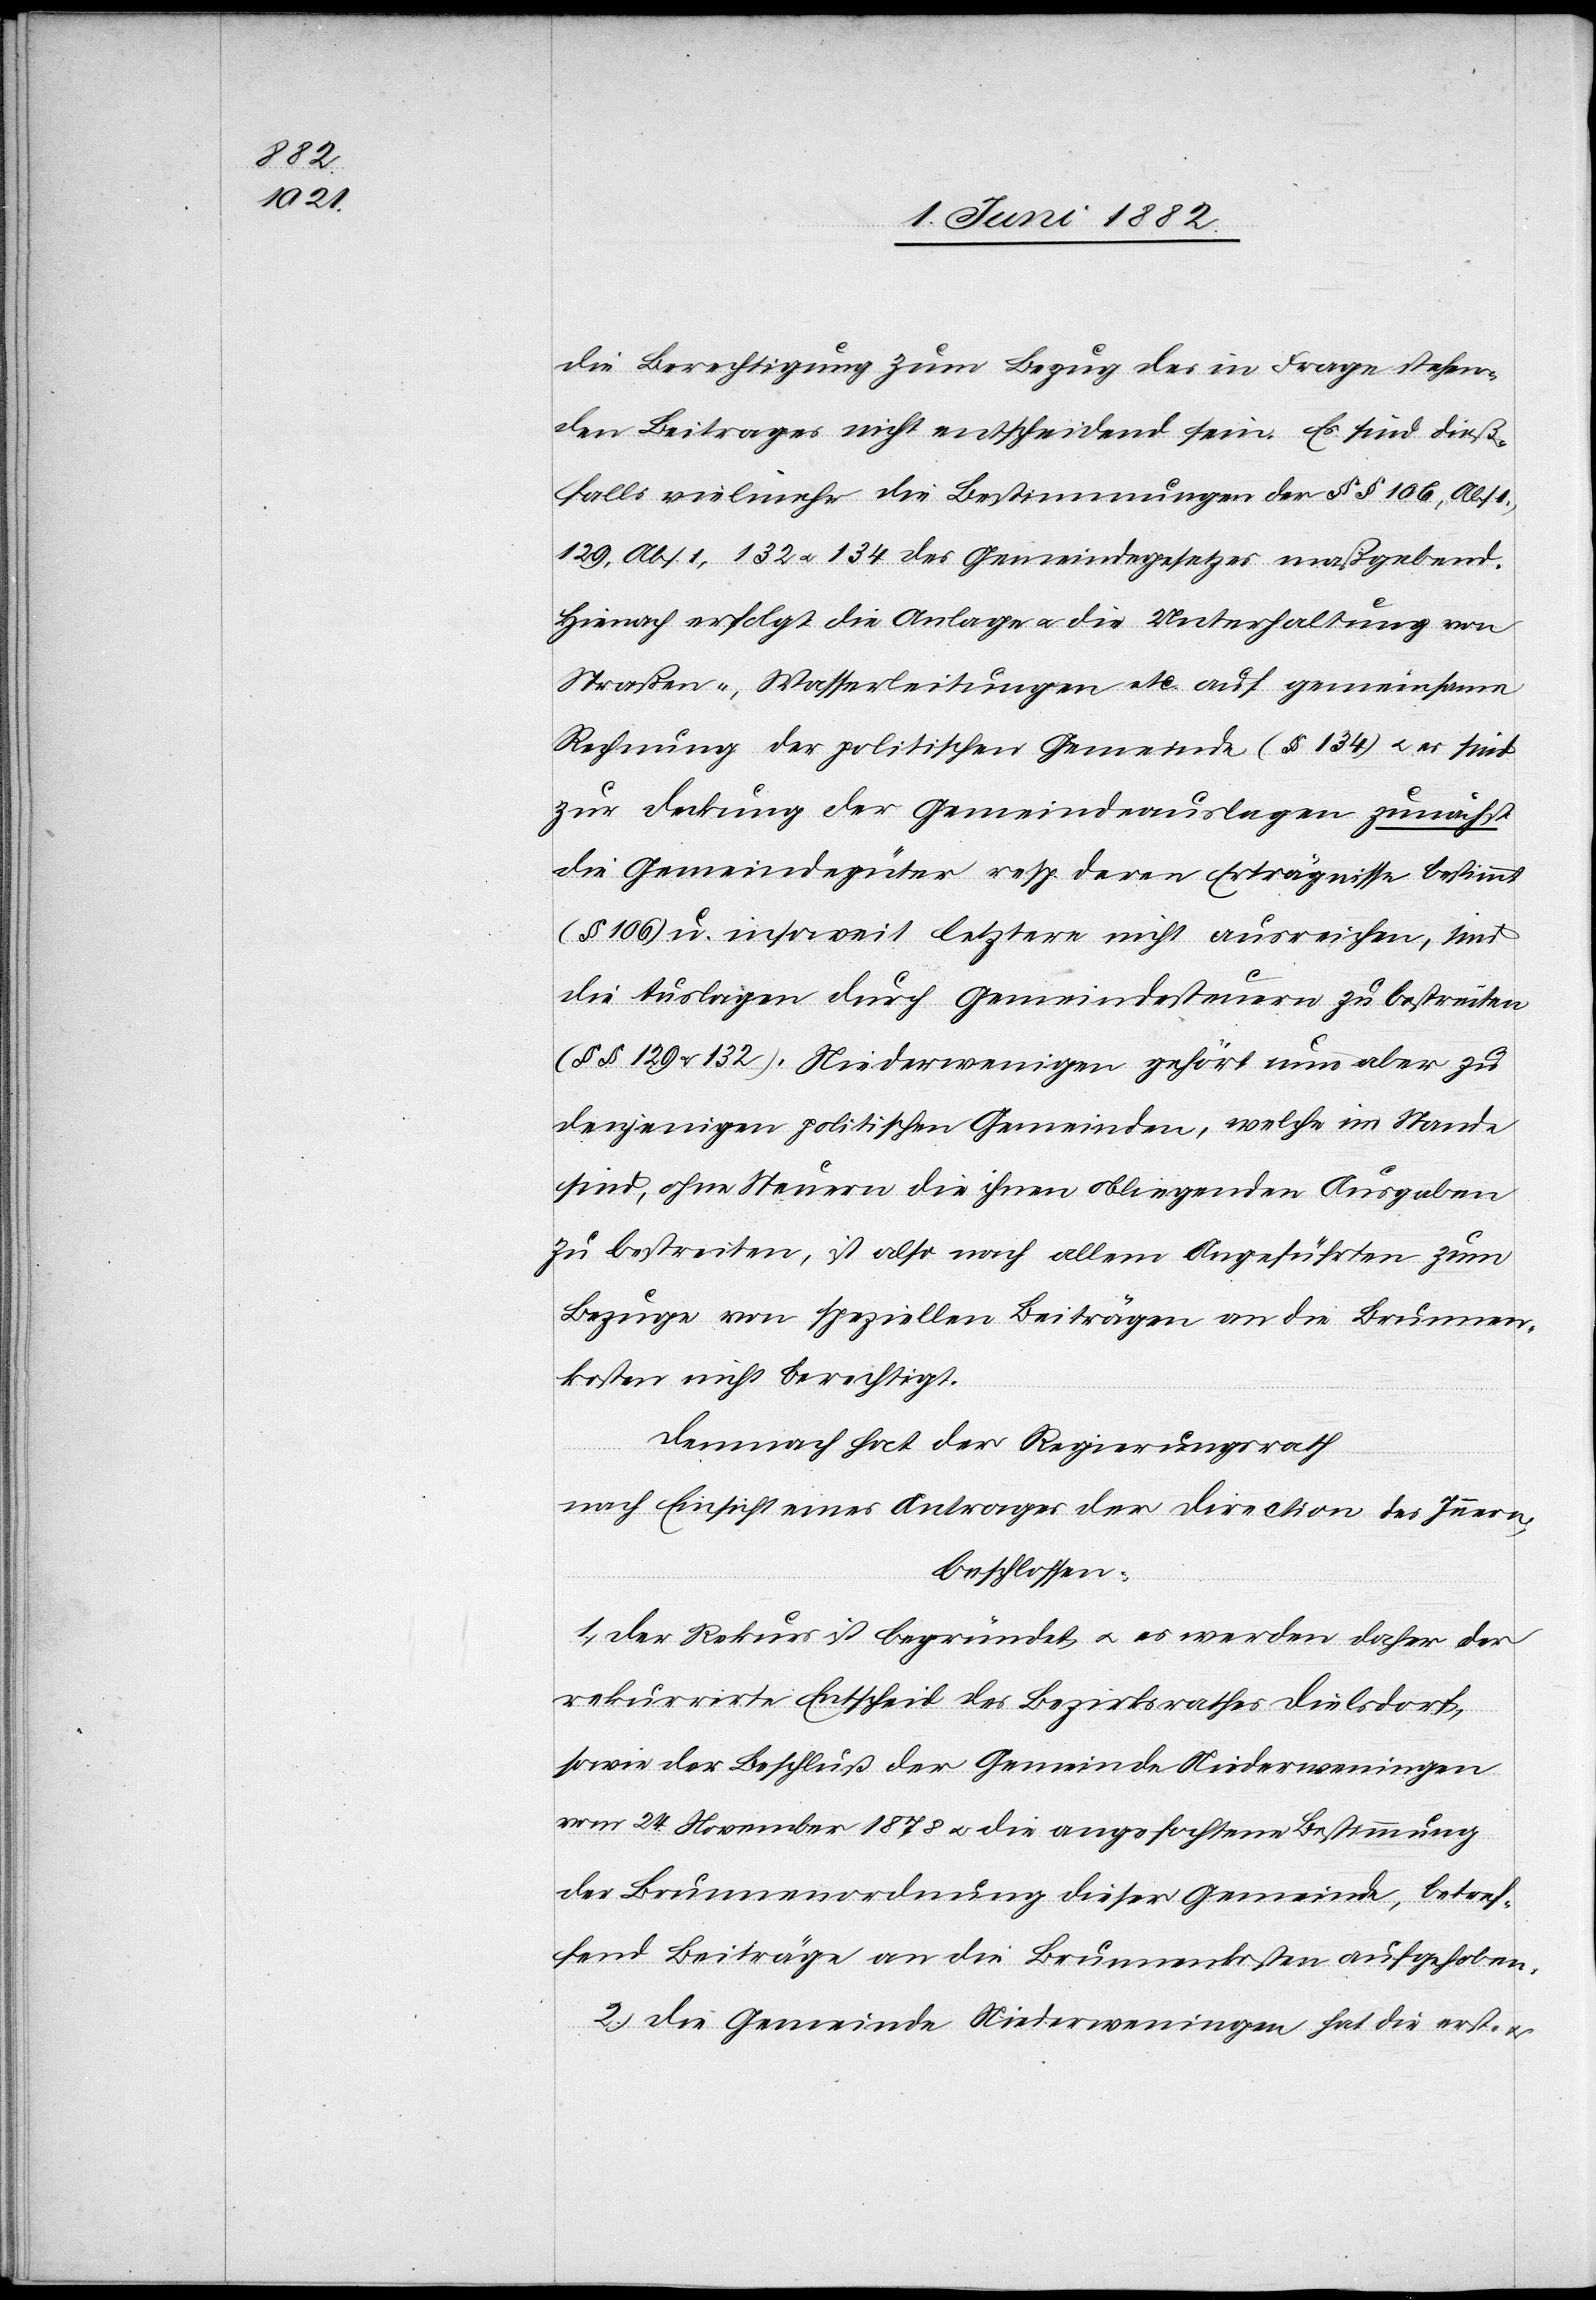
die Berechtigung zum Bezug des in Frage stehen¬
den Beitrages nicht entscheidend sein. Es sind dieß¬
falls vielmehr die Bestimmungen der §§ 106, Abs.
129, Abs. 1, 132 u. 134 des Gemeindegesetzes maßgebend.
Hienach erfolgt die Anlage u. die Unterhaltung von
Straßen-, Wasserleitungen etc. auf gemeinsame
Rechnung der politischen Gemeinde (§ 134) u. es sind
zur Deckung der Gemeindeauslagen zunächst
die Gemeindegüter resp. deren Erträgnisse bestimmt
(§ 106) u. insoweit letztere nicht ausreichen, sind
die Auslagen durch Gemeindesteuern zu bestreiten
(§§ 129 u. 132). Niederweningen gehört nun aber zu
denjenigen politischen Gemeinden, welche im Stande
sind, ohne Steuern die ihnen obliegenden Ausgaben
zu bestreiten, ist also nach allem Angeführten zum
Bezuge von speziellen Beiträgen an die Brunnen¬
kosten nicht berechtigt.
Demnach hat der Regierungsrath,
nach Einsicht eines Antrages der Direction des Innern,
beschlossen:
1. Der Rekurs ist begründet, u. es werden daher der
rekurrirte Entscheid des Bezirksrathes Dielsdorf,
sowie der Beschluß der Gemeinde Niederweningen
vom 24. November 1878 u. die angefochtene Bestimmung
der Brunnenordnung dieser Gemeinde, betref¬
fend Beiträge an die Brunnenkosten aufgehoben.
2. Die Gemeinde Niederweningen hat die erst-